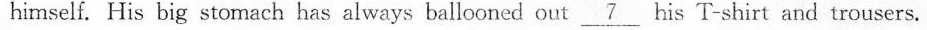
himself. His big stomach has always ballooned out \underline{7} his T-shirt and trousers.